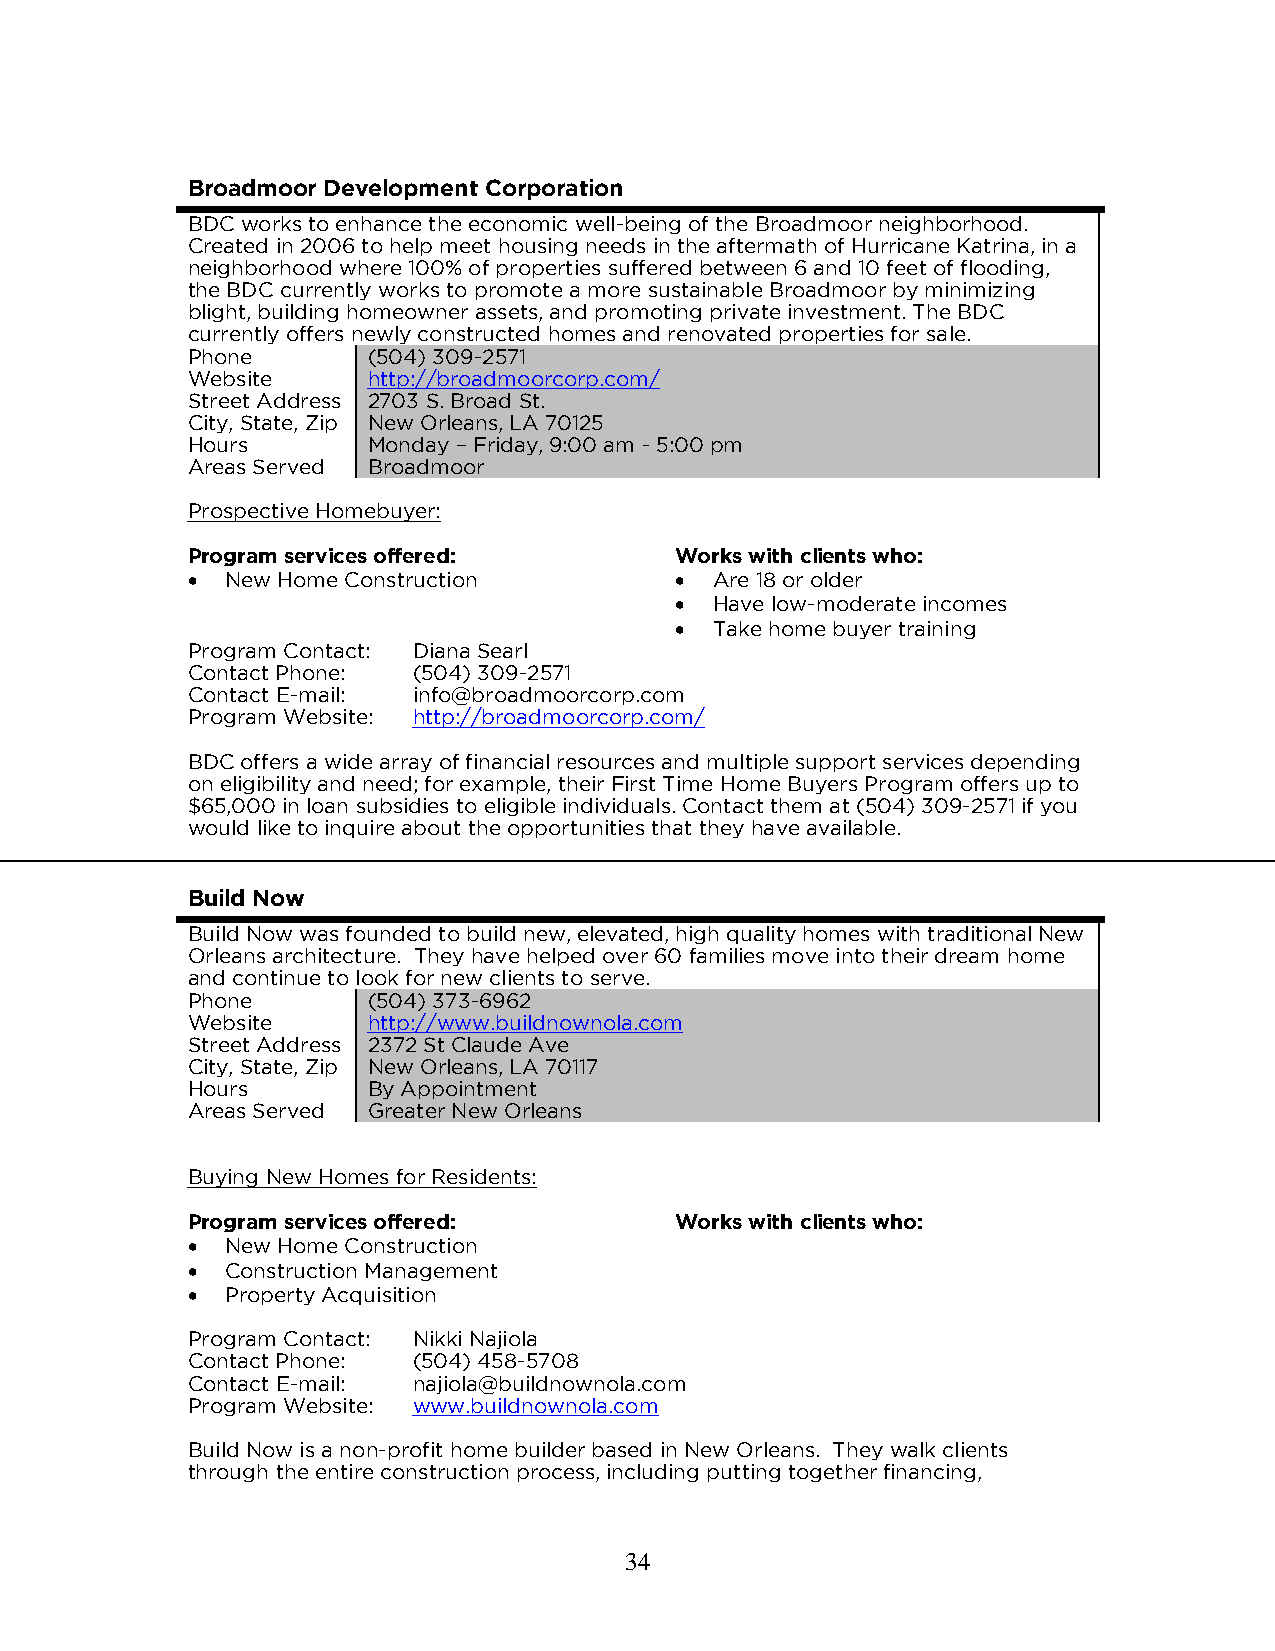
Broadmoor Development Corporation
 BDC works to enhance the economic well-being of the Broadmoor neighborhood.
 Created in 2006 to help meet housing needs in the aftermath of Hurricane Katrina, in a
 neighborhood where 100% of properties suffered between 6 and 10 feet of flooding,
 the BDC currently works to promote a more sustainable Broadmoor by minimizing
 blight, building homeowner assets, and promoting private investment. The BDC
 currently offers newly constructed homes and renovated properties for sale.
 Phone       (504) 309-2571
 Website     http://broadmoorcorp.com/
 Street Address 2703 S. Broad St.
 City, State, Zip New Orleans, LA 70125
 Hours       Monday – Friday, 9:00 am - 5:00 pm
 Areas Served Broadmoor
 Prospective Homebuyer:
 Program services offered:        Works with clients who:
   New Home Construction          Are 18 or older
  Have low-moderate incomes
  Take home buyer training
 Program Contact: Diana Searl
 Contact Phone: (504) 309-2571
 Contact E-mail: info@broadmoorcorp.com
 Program Website: http://broadmoorcorp.com/
 BDC offers a wide array of financial resources and multiple support services depending
 on eligibility and need; for example, their First Time Home Buyers Program offers up to
 $65,000 in loan subsidies to eligible individuals. Contact them at (504) 309-2571 if you
 would like to inquire about the opportunities that they have available.
 Build Now
 Build Now was founded to build new, elevated, high quality homes with traditional New
 Orleans architecture. They have helped over 60 families move into their dream home
 and continue to look for new clients to serve.
 Phone       (504) 373-6962
 Website     http://www.buildnownola.com
 Street Address 2372 St Claude Ave
 City, State, Zip New Orleans, LA 70117
 Hours       By Appointment
 Areas Served Greater New Orleans
 Buying New Homes for Residents:
 Program services offered:        Works with clients who:
   New Home Construction
   Construction Management
   Property Acquisition
 Program Contact: Nikki Najiola
 Contact Phone: (504) 458-5708
 Contact E-mail: najiola@buildnownola.com
 Program Website: www.buildnownola.com
 Build Now is a non-profit home builder based in New Orleans. They walk clients
 through the entire construction process, including putting together financing,
 34